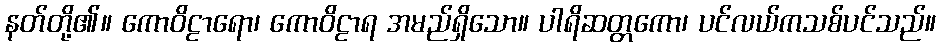
နတ်တို့၏။ ကောဝိဠာရော၊ ကောဝိဠာရ အမည်ရှိသော။ ပါရိဆတ္တကော၊ ပင်လယ်ကသစ်ပင်သည်။